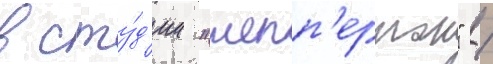
в сту́д'ии "шепп'ертон" /